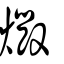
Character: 燬